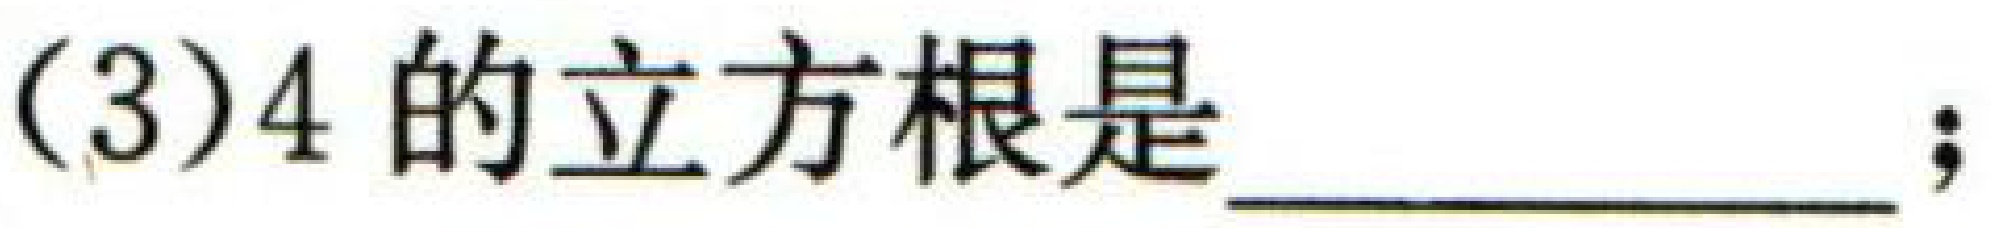
(3)$4$的立方根是  ；